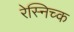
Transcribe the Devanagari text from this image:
रेस्निच्क